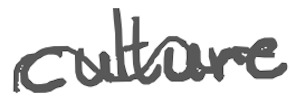
Text: culture
Cross-out: wave
Writing tool: digital_gray